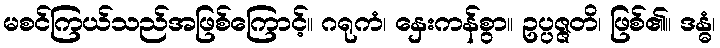
မစင်ကြယ်သည်အဖြစ်ကြောင့်။ ဂရုကံ၊ နှေးကန်စွာ။ ဥပ္ပဇ္ဇတိ၊ ဖြစ်၏။ ဒန္ဓံ၊